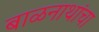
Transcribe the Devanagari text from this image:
बाळनाथांचा